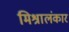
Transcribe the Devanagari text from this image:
मिश्रालंकार